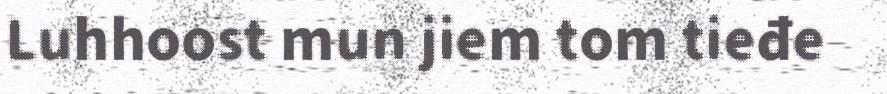
Luhhoost mun jiem tom tieđe